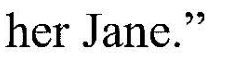
her Jane."